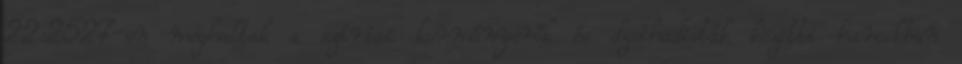
22:2527-en meghaltak a szíriai kormányerők és dzsihadisták közötti harcokban